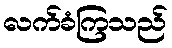
လက်ခံကြသည်